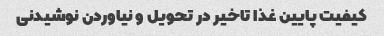
کیفیت پایین غذا تاخیر در تحویل و نیاوردن نوشیدنی